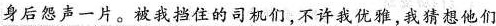
身后怨声一片。被我挡住的司机们，不许我优雅，我猜想他们